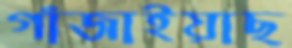
গাঁজাইয়াছ